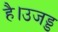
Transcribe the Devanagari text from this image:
है।उजड्ड